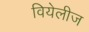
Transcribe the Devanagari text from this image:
वियेलीज